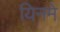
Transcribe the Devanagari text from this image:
यिनमे